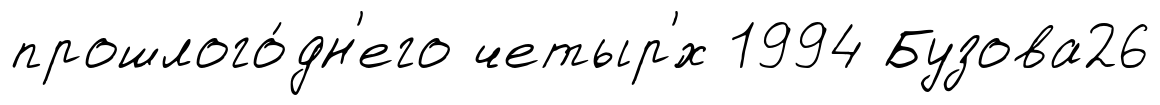
прошлого́дн'его четыр'́х 1994 Бузова26